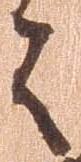
之